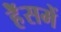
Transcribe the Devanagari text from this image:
हॅेसमें